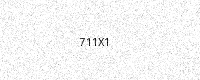
Text: 711X1